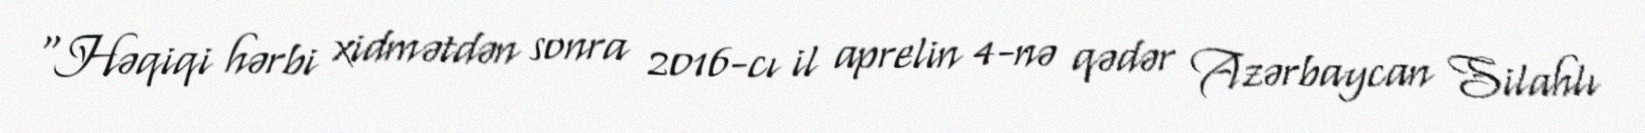
“Həqiqi hərbi xidmətdən sonra 2016-cı il aprelin 4-nə qədər Azərbaycan Silahlı